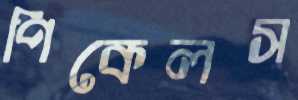
পিকেলস